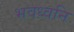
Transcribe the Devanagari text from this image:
भवध्वनि